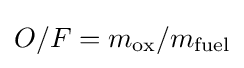
O/F=m_{\mathrm {ox} }/m_{\mathrm {fuel} }